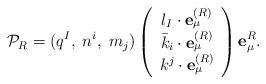
LaTeX: \begin{align*}{\cal P}_{R} = (q^{I},\;n^{i},\;m_{j})\left( \begin{array}{c}l_{I} \cdot {\bf e}_{\mu}^{(R)}\\{\bar k}_{i} \cdot {\bf e}_{\mu}^{(R)}\\k^{j} \cdot {\bf e}_{\mu}^{(R)} \end{array}\right) {\bf e}_{\mu}^{R}.\end{align*}